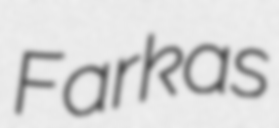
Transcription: Farkas